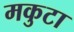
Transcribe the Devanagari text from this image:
मकुटा